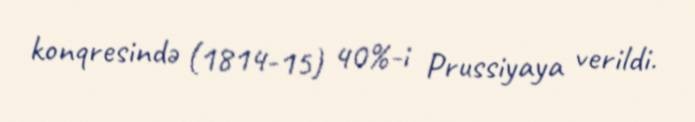
konqresində (1814-15) 40%-i Prussiyaya verildi.